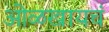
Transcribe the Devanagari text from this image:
ओळखायचं